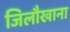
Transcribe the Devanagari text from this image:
जिलौखाना